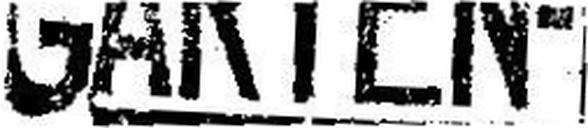
GARTEN-